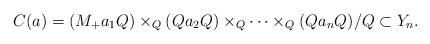
LaTeX: \begin{align*}C(a) = (M_+a_1Q) \times_Q (Qa_2Q) \times_Q \cdots \times_Q (Q a_nQ)/Q \subset Y_n.\end{align*}